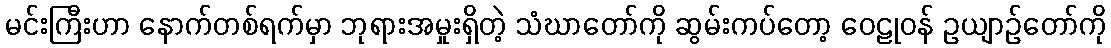
မင်းကြီးဟာ နောက်တစ်ရက်မှာ ဘုရားအမှုးရှိတဲ့ သံဃာတော်ကို ဆွမ်းကပ်တော့ ဝေဠုဝန် ဥယျာဉ်တော်ကို